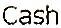
CASH